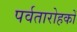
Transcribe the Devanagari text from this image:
पर्वतारोहकों